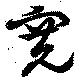
寛